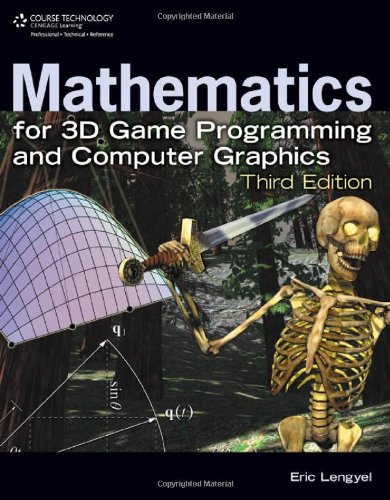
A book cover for Mathematics for 3D Game Programming and Computer Graphics, Third Edition; Eric Lengyel; Computers & Technology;